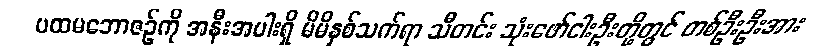
ပထမဘောဇဉ်ကို အနီးအပါးရှိ မိမိနှစ်သက်ရာ သီတင်း သုံးဖော်ငါးဦးတို့တွင် တစ်ဦးဦးအား